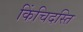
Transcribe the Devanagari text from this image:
किंचिदस्ति